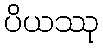
ပိယဿု